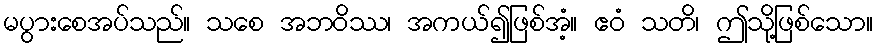
မပွားစေအပ်သည်။ သစေ အဘဝိဿ၊ အကယ်၍ဖြစ်အံ့။ ဧဝံ သတိ၊ ဤသို့ဖြစ်သော။